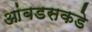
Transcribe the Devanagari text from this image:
आंबडसकडे